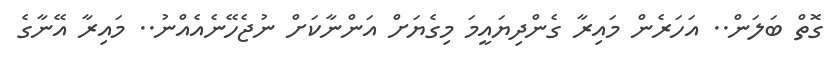
ގޮތް ބަލަން.. އަހަރެން މައިރާ ގެންދިޔައީމަ މިގެޔަށް އަންނާކަށް ނުޖެހޭނެއެއްނު.. މައިރާ އޭނާގެ